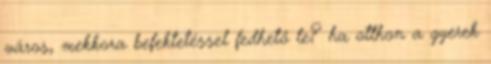
város, mekkora befektetéssel fedhető le? ha otthon a gyerek